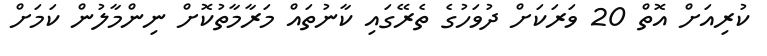
ކުރިއަށް އޮތް 20 ވަރަކަށް ދުވަހުގެ ތެރޭގައި ކާނުތައް މަރާމާތުކޮށް ނިންމާލުން ކަމަށް